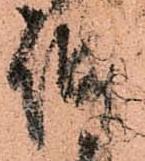
仲